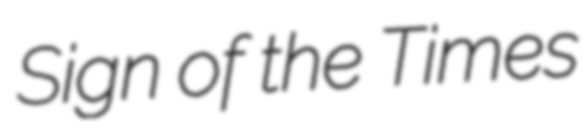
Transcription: Sign of the Times